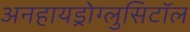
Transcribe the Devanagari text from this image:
अनहायड्रोग्लुसिटॉल